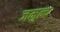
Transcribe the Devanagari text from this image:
जमुन्द